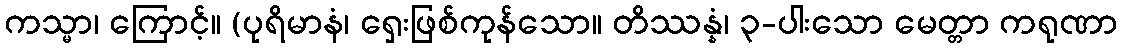
ကသ္မာ၊ ကြောင့်။ (ပုရိမာနံ၊ ရှေးဖြစ်ကုန်သော။ တိဿန္နံ၊ ၃-ပါးသော မေတ္တာ ကရုဏာ